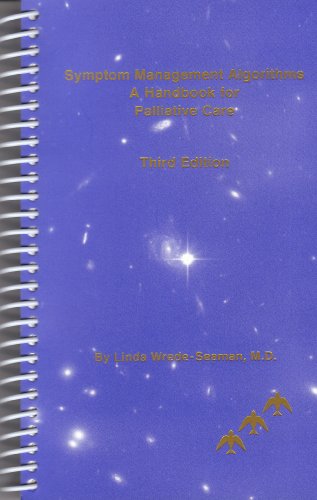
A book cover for Symptom Management Algorithms: A Handbook for Palliative Care; Linda Wrede-Seaman; Self-Help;